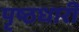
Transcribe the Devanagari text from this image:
पृष्ठधारी